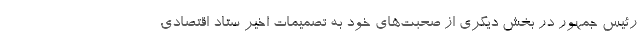
رئیس جمهور در بخش دیگری از صحبت‌های خود به تصمیمات اخیر ستاد اقتصادی